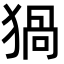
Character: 猧